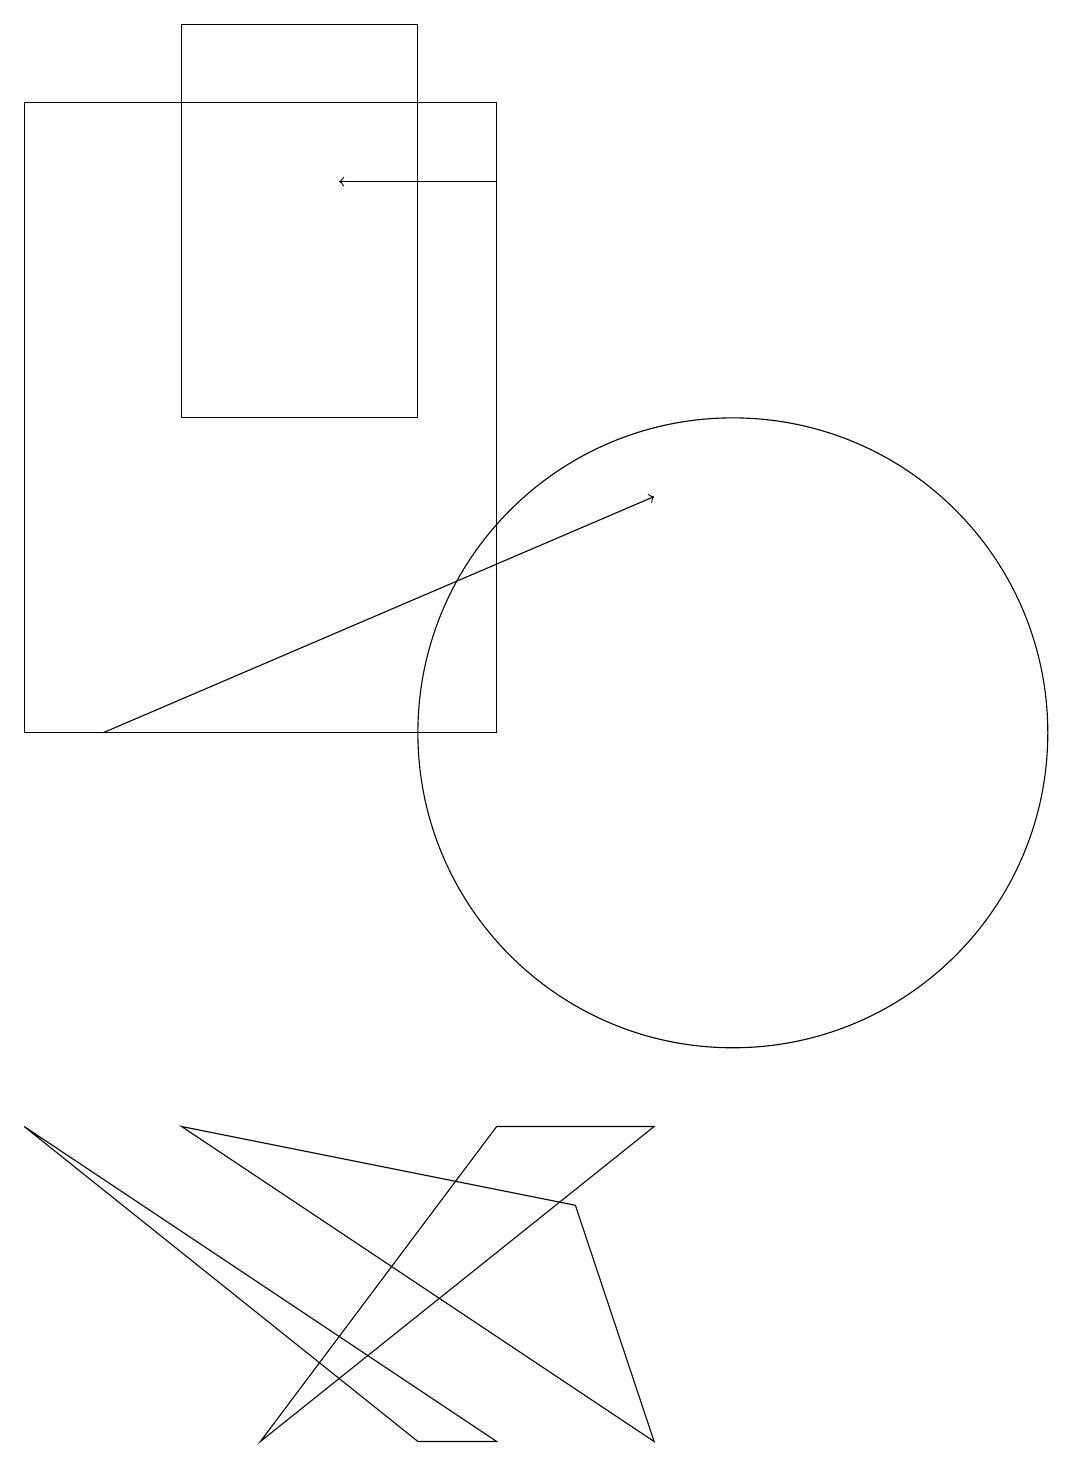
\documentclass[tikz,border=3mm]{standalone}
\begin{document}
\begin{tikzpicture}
\draw (6,1) -- (1,5) -- (7,1) -- cycle;
\draw (3,14) rectangle (6,19);
\draw (1,10) rectangle (7,18);
\draw (7,5) -- (4,1) -- (9,5) -- cycle;
\draw[->] (2,10) -- (9,13);
\draw (3,5) -- (8,4) -- (9,1) -- cycle;
\draw[->] (7,17) -- (5,17);
\draw (10,10) circle (4);
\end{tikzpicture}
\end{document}